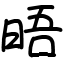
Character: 晤